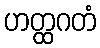
ဟတ္ထဂတံ